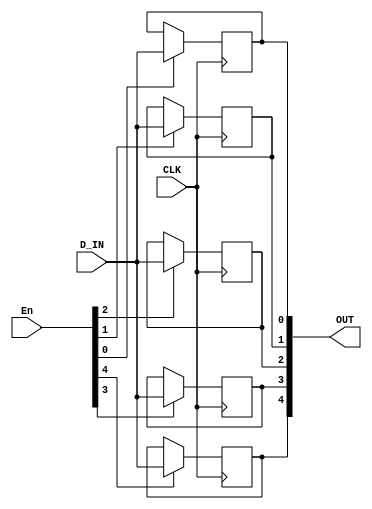
`timescale 1ns / 1ps
module Test15(input CLK, input [4:0] En, input D_IN, output reg [4:0] OUT);

    always@(posedge CLK) begin
        if(En[0])
            OUT[0] <= D_IN;
    end
    always@(posedge CLK) begin
        if(En[1])
            OUT[1] <= D_IN;
    end
    always@(posedge CLK) begin
        if(En[2])
            OUT[2] <= D_IN;
    end
    always@(posedge CLK) begin
        if(En[3])
            OUT[3] <= D_IN;
    end
    always@(posedge CLK) begin
        if(En[4])
            OUT[4] <= D_IN;
    end
endmodule